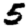
Digit: 5